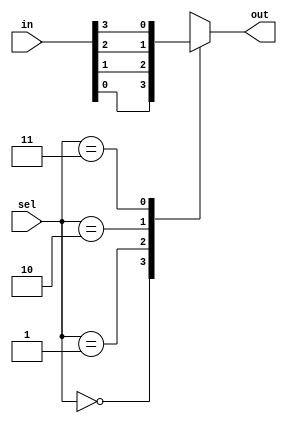
module mux4_1(in,sel,out);
input [3:0]in;
input [1:0]sel;
output reg out;

always@(in,sel,out)
begin
case(sel)
2'b00:out=in[0];
2'b01:out=in[1];
2'b10:out=in[2];
2'b11:out=in[3];
endcase
end
endmodule